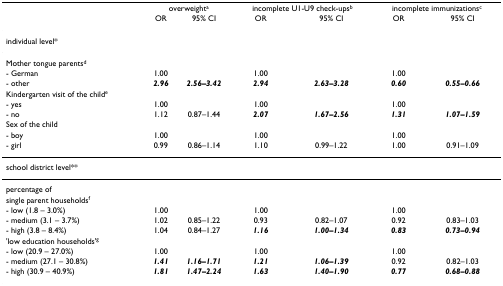
<table><thead><tr><td></td><td colspan="2"><b>overweight<sup>a</sup></b></td><td colspan="2"><b>incomplete U1-U9 check-ups<sup>b</sup></b></td><td colspan="2"><b>incomplete immunizations<sup>c</sup></b></td></tr><tr><td></td><td><b>OR</b></td><td><b>95% CI</b></td><td><b>OR</b></td><td><b>95% CI</b></td><td><b>OR</b></td><td><b>95% CI</b></td></tr></thead><tbody><tr><td colspan="7">individual level*</td></tr><tr><td>Mother tongue parents<sup>d</sup></td><td></td><td></td><td></td><td></td><td></td><td></td></tr><tr><td>- German</td><td>1.00</td><td></td><td>1.00</td><td></td><td>1.00</td><td></td></tr><tr><td>- other</td><td><b><i>2.96</i></b></td><td><b><i>2.56–3.42</i></b></td><td><b><i>2.94</i></b></td><td><b><i>2.63–3.28</i></b></td><td><b><i>0.60</i></b></td><td><b><i>0.55–0.66</i></b></td></tr><tr><td>Kindergarten visit of the child<sup>e</sup></td><td></td><td></td><td></td><td></td><td></td><td></td></tr><tr><td>- yes</td><td>1.00</td><td></td><td>1.00</td><td></td><td>1.00</td><td></td></tr><tr><td>- no</td><td>1.12</td><td>0.87–1.44</td><td><b><i>2.07</i></b></td><td><b><i>1.67–2.56</i></b></td><td><b><i>1.31</i></b></td><td><b><i>1.07–1.59</i></b></td></tr><tr><td>Sex of the child</td><td></td><td></td><td></td><td></td><td></td><td></td></tr><tr><td>- boy</td><td>1.00</td><td></td><td>1.00</td><td></td><td>1.00</td><td></td></tr><tr><td>- girl</td><td>0.99</td><td>0.86–1.14</td><td>1.10</td><td>0.99–1.22</td><td>1.00</td><td>0.91–1.09</td></tr><tr><td colspan="7">school district level**</td></tr><tr><td>percentage of</td><td></td><td></td><td></td><td></td><td></td><td></td></tr><tr><td>single parent households<sup>f</sup></td><td></td><td></td><td></td><td></td><td></td><td></td></tr><tr><td>- low (1.8 – 3.0%)</td><td>1.00</td><td></td><td>1.00</td><td></td><td>1.00</td><td></td></tr><tr><td>- medium (3.1 – 3.7%)</td><td>1.02</td><td>0.85–1.22</td><td>0.93</td><td>0.82–1.07</td><td>0.92</td><td>0.83–1.03</td></tr><tr><td>- high (3.8 – 8.4%)</td><td>1.04</td><td>0.84–1.27</td><td><b><i>1.16</i></b></td><td><b><i>1.00–1.34</i></b></td><td><b><i>0.83</i></b></td><td><b><i>0.73–0.94</i></b></td></tr><tr><td>&#x27;low education households&#x27;<sup>g</sup></td><td></td><td></td><td></td><td></td><td></td><td></td></tr><tr><td>- low (20.9 – 27.0%)</td><td>1.00</td><td></td><td>1.00</td><td></td><td>1.00</td><td></td></tr><tr><td>- medium (27.1 – 30.8%)</td><td><b><i>1.41</i></b></td><td><b><i>1.16–1.71</i></b></td><td><b><i>1.21</i></b></td><td><b><i>1.06–1.39</i></b></td><td>0.92</td><td>0.82–1.03</td></tr><tr><td>- high (30.9 – 40.9%)</td><td><b><i>1.81</i></b></td><td><b><i>1.47–2.24</i></b></td><td><b><i>1.63</i></b></td><td><b><i>1.40–1.90</i></b></td><td><b><i>0.77</i></b></td><td><b><i>0.68–0.88</i></b></td></tr></tbody></table>